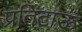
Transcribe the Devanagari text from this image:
प्रतिटाऊ